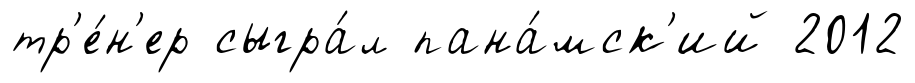
тр'е́н'ер сыгра́л пана́мск'ий 2012